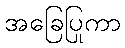
အခြေပြုကာ